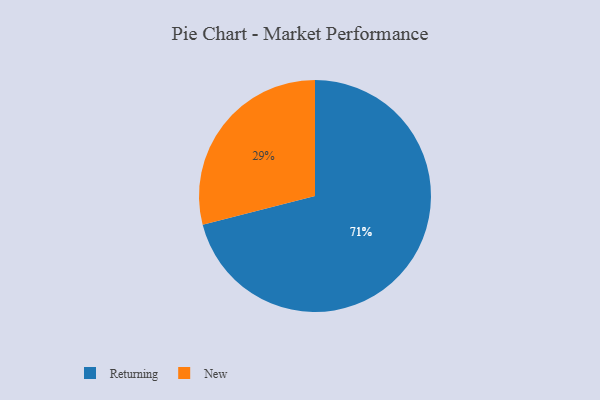
{"axis": {"x": "Category", "y": "Percentage"}, "legend": ["New", "Returning"], "data": [{"x": "New", "y": 29, "type": "New"}, {"x": "Returning", "y": 71, "type": "Returning"}]}